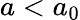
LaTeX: a<a_{0}